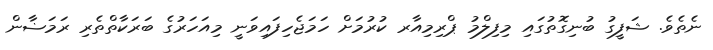
ނެތެވެ. ޝަފީގު ބުނިގޮތުގައި މިފިލްމު ޕްރިމިއާރ ކުރުމަށް ހަމަޖެހިފައިވަނީ މިއަހަރުގެ ބަރަކާތްތެރި ރަމަޟާން